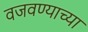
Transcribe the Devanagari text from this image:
वजवण्याच्या